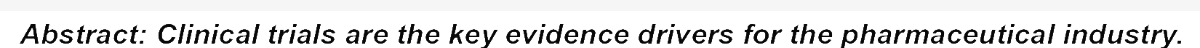
Abstract: Clinical trials are the key evidence drivers for the pharmaceutical industry.